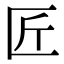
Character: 匠